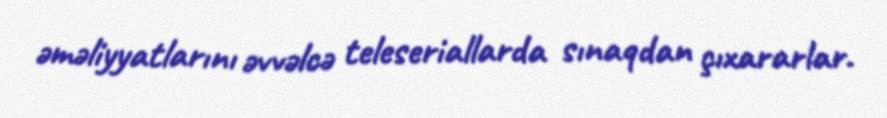
əməliyyatlarını əvvəlcə teleseriallarda sınaqdan çıxararlar.